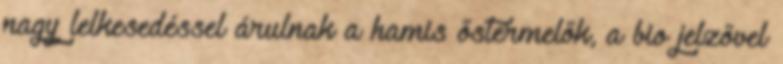
nagy lelkesedéssel árulnak a hamis őstermelők, a bio jelzővel